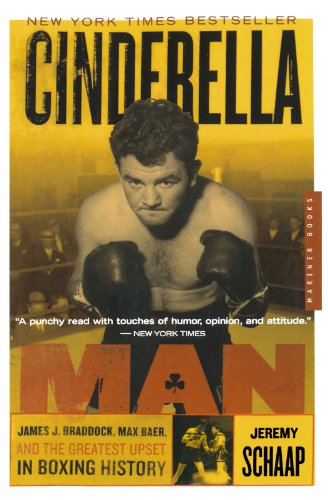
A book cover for Cinderella Man: James J. Braddock, Max Baer, and the Greatest Upset in Boxing History; Jeremy Schaap; Biographies & Memoirs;